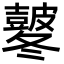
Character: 𭽸